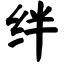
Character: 绊